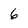
Character: 6